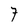
Character: 7